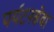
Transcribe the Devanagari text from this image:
पर्यटनसेवा